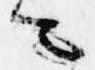
ニ